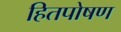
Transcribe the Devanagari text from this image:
हितपोषण